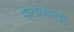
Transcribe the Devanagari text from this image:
पोटप्रकारही